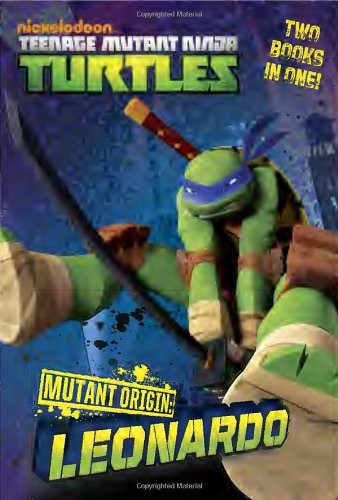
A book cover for Mutant Origin: Leonardo/Donatello (Teenage Mutant Ninja Turtles) (Junior Novel); Michael Teitelbaum; Children's Books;